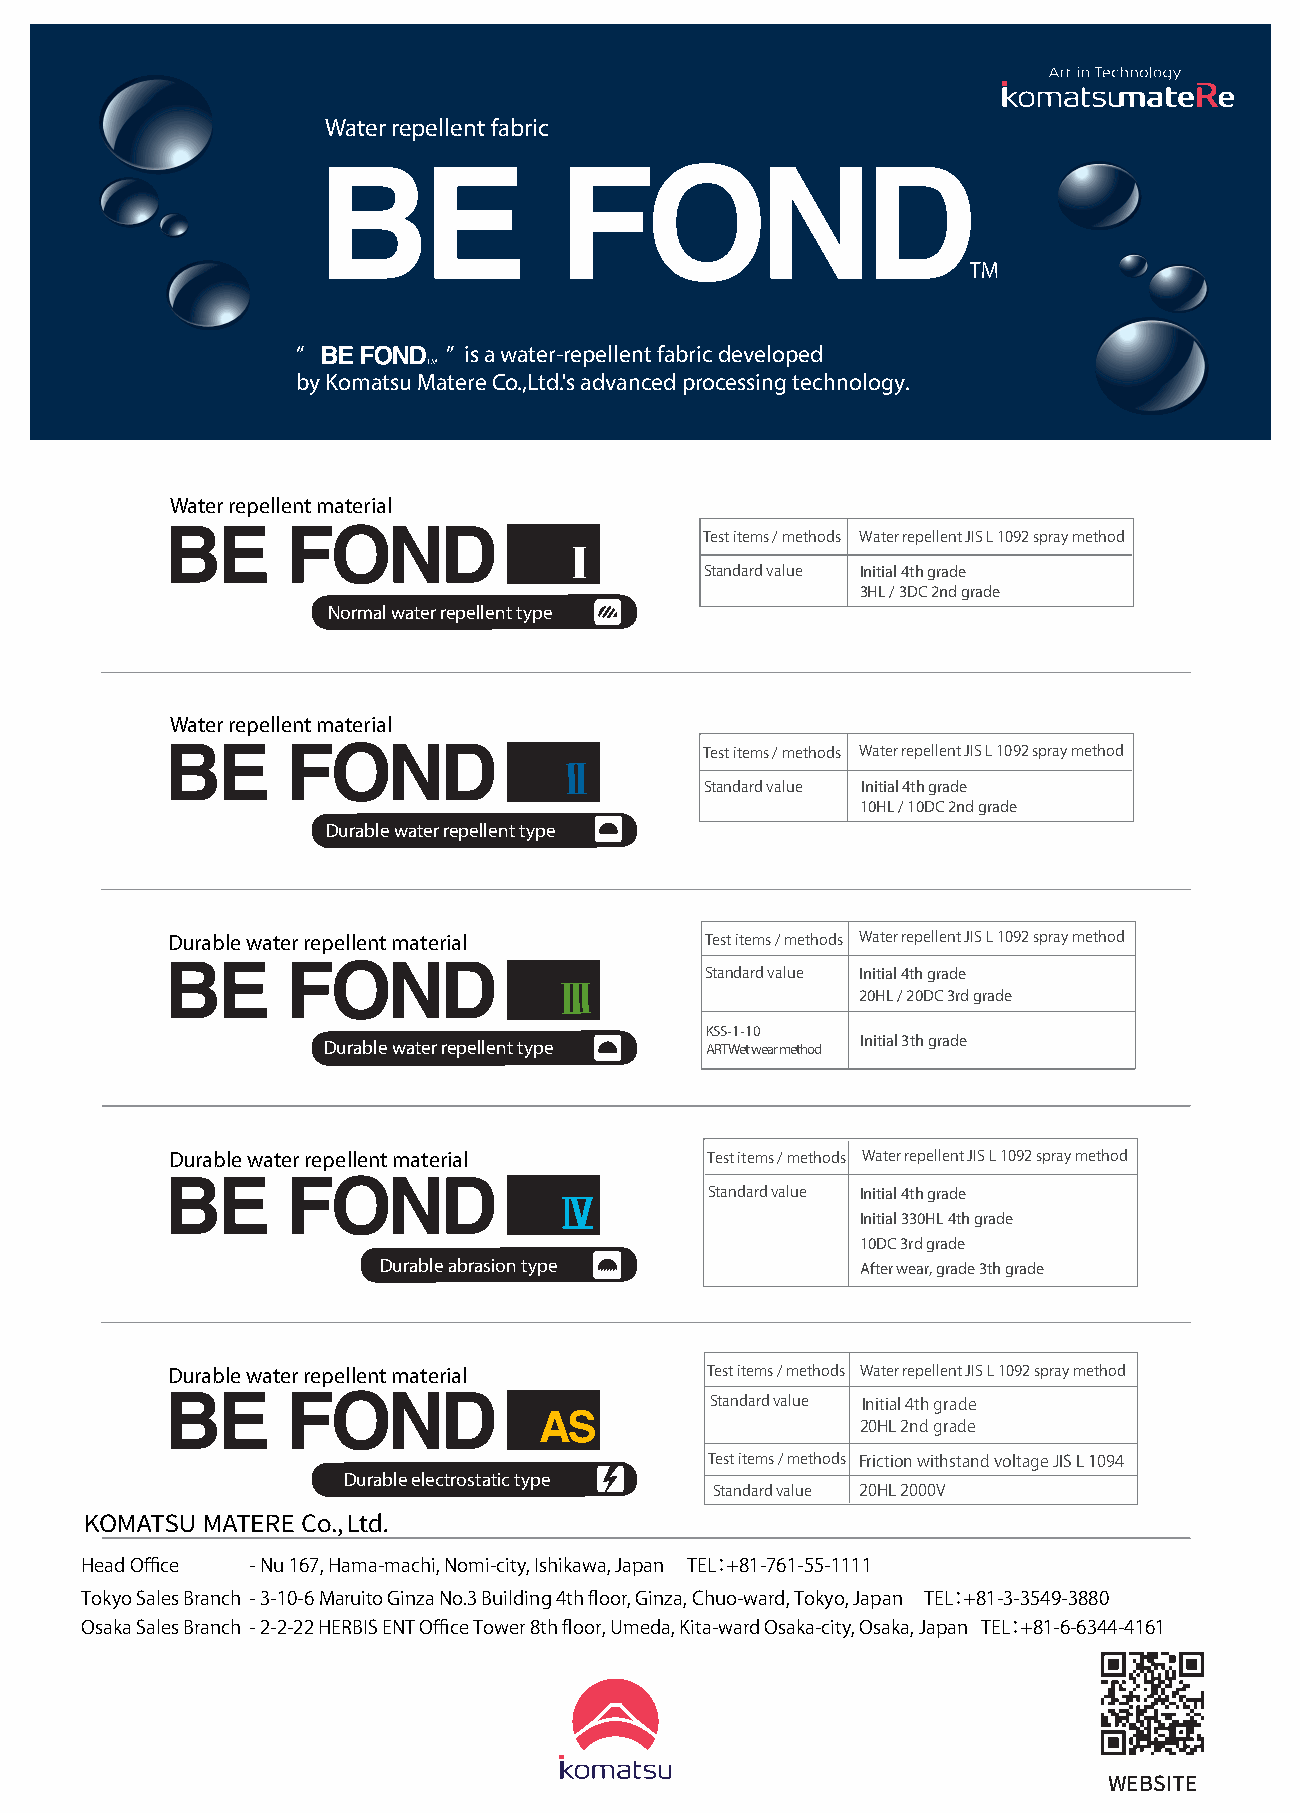
Water repellent fabric
 “         ” is a water-repellent fabric developed
 by Komatsu Matere Co.,Ltd.'s advanced processing technology.
 Water repellent material
 Test items / methods Water repellent JIS L 1092 spray method
 Standard value Initial 4th grade
 3HL / 3DC 2nd grade
 Normal water repellent type
 Water repellent material
 Test items / methods Water repellent JIS L 1092 spray method
 Standard value Initial 4th grade
 10HL / 10DC 2nd grade
 Durable water repellent type
 Durable water repellent material    Test items / methods Water repellent JIS L 1092 spray method
 Standard value Initial 4th grade
 20HL / 20DC 3rd grade
 KSS-1-10
 Durable water repellent type ART Wet wear method Initial 3th grade
 Durable water repellent material    Test items / methods Water repellent JIS L 1092 spray method
 Standard value Initial 4th grade
 Initial 330HL 4th grade
 10DC 3rd grade
 Durable abrasion type           After wear, grade 3th grade
 Durable water repellent material    Test items / methods Water repellent JIS L 1092 spray method
 Standard value Initial 4th grade
 20HL 2nd grade
 Test items / methods Friction withstand voltage JIS L 1094
 Durable electrostatic type
 Standard value 20HL 2000V
 Head Office - Nu 167, Hama-machi, Nomi-city, Ishikawa, Japan TEL：+81-761-55-1111
 Tokyo Sales Branch - 3-10-6 Maruito Ginza No.3 Building 4th floor, Ginza, Chuo-ward, Tokyo, Japan TEL：+81-3-3549-3880
 Osaka Sales Branch - 2-2-22 HERBIS ENT Office Tower 8th floor, Umeda, Kita-ward Osaka-city, Osaka, Japan TEL：+81-6-6344-4161
 WEBSITE